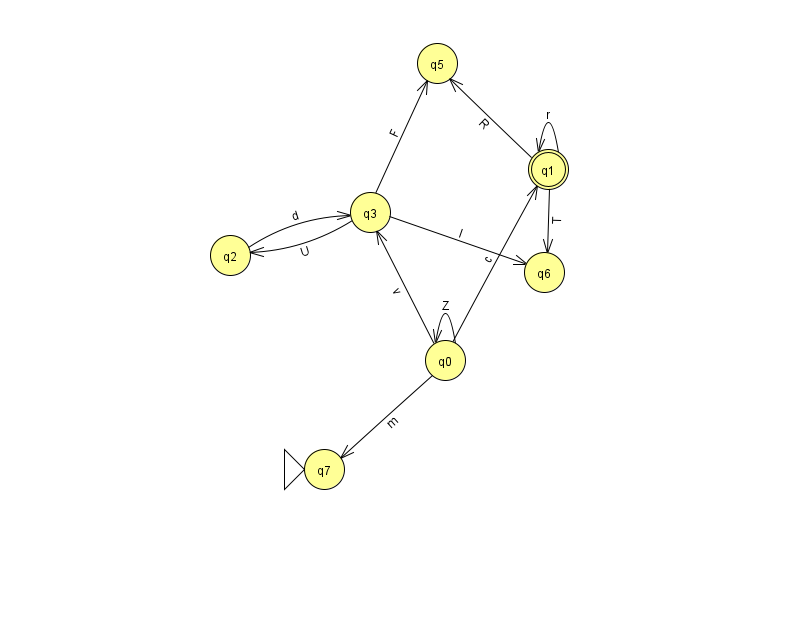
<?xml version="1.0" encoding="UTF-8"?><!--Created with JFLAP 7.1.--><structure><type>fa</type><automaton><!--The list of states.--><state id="0" name="q0"><x>445.0</x><y>347.0</y></state><state id="1" name="q1"><x>548.0</x><y>156.0</y><final/></state><state id="2" name="q2"><x>230.0</x><y>242.0</y></state><state id="3" name="q3"><x>370.0</x><y>199.0</y></state><state id="5" name="q5"><x>437.0</x><y>50.0</y></state><state id="6" name="q6"><x>544.0</x><y>259.0</y></state><state id="7" name="q7"><x>324.0</x><y>456.0</y><initial/></state><!--The list of transitions.--><transition><from>1</from><to>1</to><read>r</read></transition><transition><from>1</from><to>6</to><read>T</read></transition><transition><from>3</from><to>2</to><read>U</read></transition><transition><from>2</from><to>3</to><read>d</read></transition><transition><from>0</from><to>1</to><read>c</read></transition><transition><from>0</from><to>3</to><read>v</read></transition><transition><from>0</from><to>0</to><read>Z</read></transition><transition><from>3</from><to>5</to><read>F</read></transition><transition><from>1</from><to>5</to><read>R</read></transition><transition><from>3</from><to>6</to><read>l</read></transition><transition><from>0</from><to>7</to><read>m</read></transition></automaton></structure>